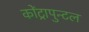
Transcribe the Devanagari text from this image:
कोंट्रापुन्टल